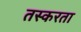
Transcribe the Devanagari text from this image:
तस्करता